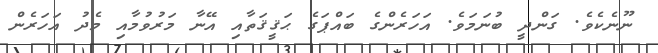
ނޫނެކެވެ. ގަންދީ ބުނަމަވެ. އަހަރެންގެ ބައްޕަގެ ޙަޤީޤަތާއި އޭނާ މަރުވުމާއި މެދު އަހަރެން